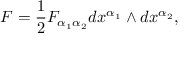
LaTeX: F = \frac { 1 } { 2 } F _ { \alpha _ { 1 } \alpha _ { 2 } } d x ^ { \alpha _ { 1 } } \wedge d x ^ { \alpha _ { 2 } } ,